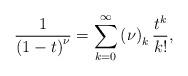
LaTeX: \begin{align*}\frac{1}{\left( 1-t\right) ^{\nu }}=\sum_{k=0}^{\infty }\left( \nu \right)_{k}\frac{t^{k}}{k!}, \end{align*}